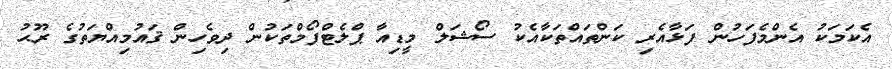
އެކަމަކު އެންމެފަހުން ފަޅާއެރި ކަންތައްތަކާއެކު ސޯޝަލް މީޑިއާ ޕްލެޓްފޯމްތަކުން ދިވެހިން ޤައުމިއްޔަތުގެ ރޫޙު